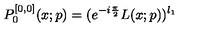
P _ { 0 } ^ { [ 0 , 0 ] } ( x ; p ) = ( e ^ { - i \frac { \pi } { 2 } } L ( x ; p ) ) ^ { l _ { 1 } }